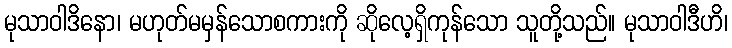
မုသာဝါဒိနော၊ မဟုတ်မမှန်သောစကားကို ဆိုလေ့ရှိကုန်သော သူတို့သည်။ မုသာဝါဒီဟိ၊